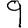
Digit: 9